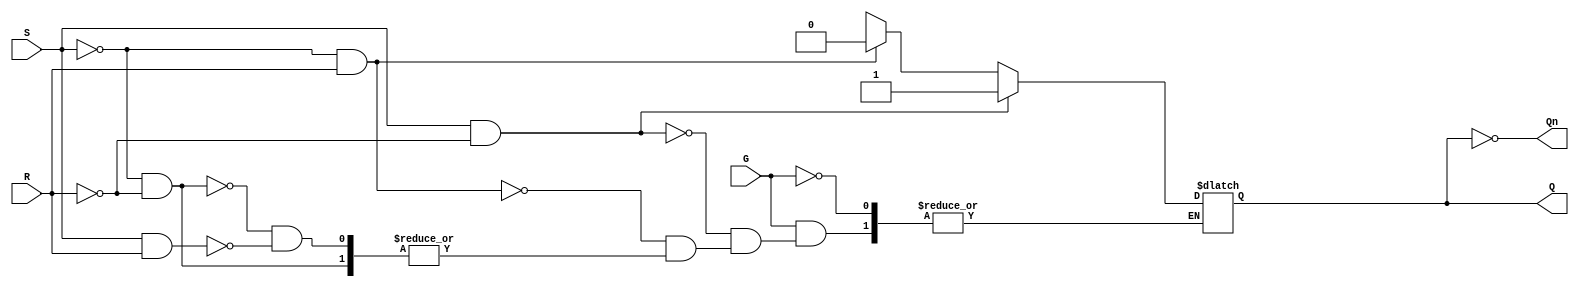
module gated_sr_latch (
    input wire S,      // Set input
    input wire R,      // Reset input
    input wire G,      // Enable input
    output reg Q,      // Output Q
    output wire Qn     // Output Q' (not Q)
);

    assign Qn = ~Q; // Q' is the inverse of Q

    always @(G, S, R) begin
        if (G) begin
            if (S && ~R) begin
                Q <= 1'b1; // Set Q to 1
            end else if (~S && R) begin
                Q <= 1'b0; // Reset Q to 0
            end else if (~S && ~R) begin
                // Maintain previous state (no change)
                Q <= Q; // This line is optional, as Q will retain its value
            end else if (S && R) begin
                // Invalid state (S = 1, R = 1)
                // You may want to handle this case as per your design requirements
                // For example, you could set Q to a default state or leave it unchanged
                Q <= 1'bx; // Indeterminate state
            end
        end
        // If G is low, Q retains its previous state (handled by the non-blocking assignment)
    end

endmodule